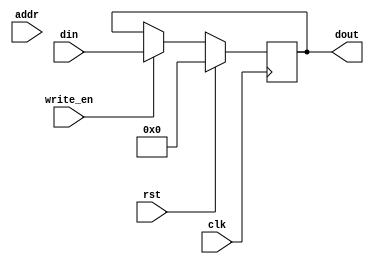
// This program was cloned from: https://github.com/adumont/hrm-cpu
// License: GNU General Public License v3.0

`default_nettype none

module LEDS #(
        parameter BASE_ADDR = 8'h 0A,
        data_width = 8
    ) (
        input wire clk,
        input wire [7:0] addr,
        input wire write_en,
        input wire rst,
        input wire [7:0] din,
        output wire [7:0] dout
    );

    reg [data_width-1:0] leds = 8'b 0;

    assign dout = leds;

    // leds register
    always @(posedge clk)
    begin
        if( rst ) leds <= 8'b 0;
        else if( write_en ) leds <= din;
        else leds <= leds;
    end

endmodule